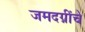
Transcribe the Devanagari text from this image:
जमदग्नींचे